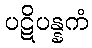
ပဋိပန္နကံ